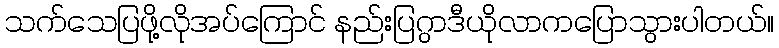
သက်သေပြဖို့လိုအပ်ကြောင် နည်းပြဂွာဒီယိုလာကပြောသွားပါတယ်။